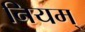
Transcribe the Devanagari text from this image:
नियम्